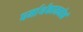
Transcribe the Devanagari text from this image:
धर्मार्थकाममोक्षं